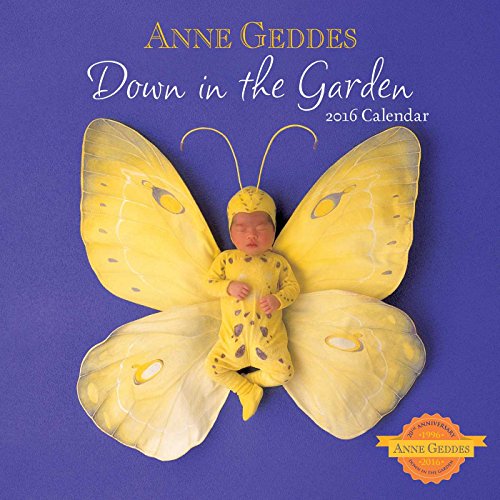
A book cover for Anne Geddes 2016 Wall Calendar: Down in the Garden; Anne Geddes; Calendars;